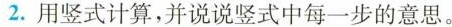
2. 用竖式计算，并说说竖式中每一步的意思。